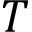
T